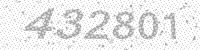
Solution: 432801